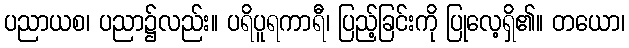
ပညာယစ၊ ပညာ၌လည်း။ ပရိပူရကာရီ၊ ပြည့်ခြင်းကို ပြုလေ့ရှိ၏။ တယော၊